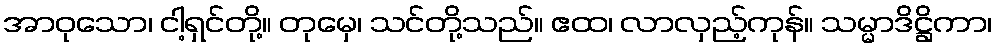
အာဝုသော၊ ငါ့ရှင်တို့။ တုမှေ၊ သင်တို့သည်။ ဧထ၊ လာလှည့်ကုန်။ သမ္မာဒိဋ္ဌိကာ၊